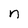
Character: n